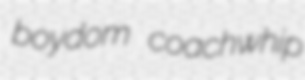
boydom coachwhip